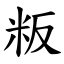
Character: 粄